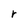
Character: r